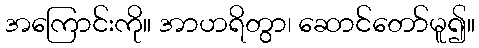
အကြောင်းကို။ အာဟရိတွာ၊ ဆောင်တော်မူ၍။